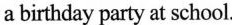
a birthday party at school.